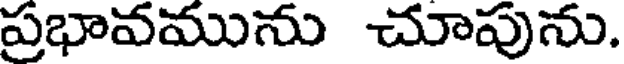
ప్రభావమును చూపును.